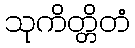
သုကိတ္တိတံ